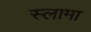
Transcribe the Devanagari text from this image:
स्लामा